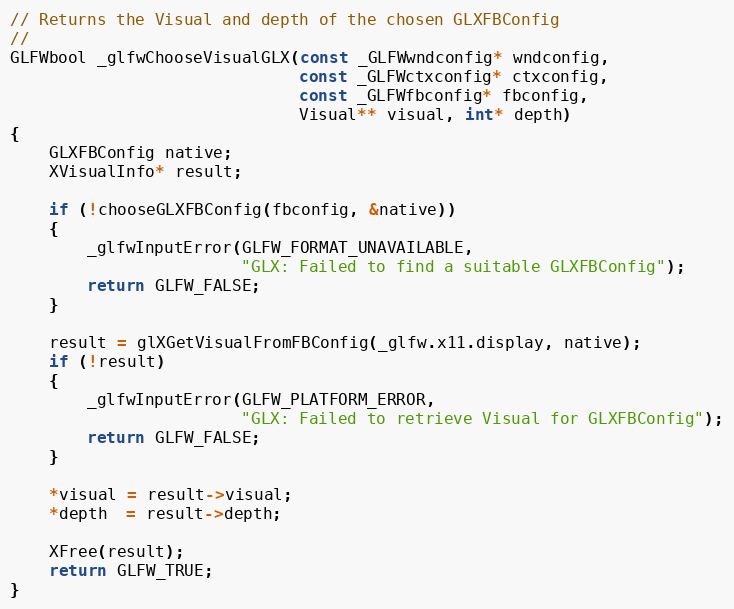
Language: C
// Returns the Visual and depth of the chosen GLXFBConfig
//
GLFWbool _glfwChooseVisualGLX(const _GLFWwndconfig* wndconfig,
                              const _GLFWctxconfig* ctxconfig,
                              const _GLFWfbconfig* fbconfig,
                              Visual** visual, int* depth)
{
    GLXFBConfig native;
    XVisualInfo* result;

    if (!chooseGLXFBConfig(fbconfig, &native))
    {
        _glfwInputError(GLFW_FORMAT_UNAVAILABLE,
                        "GLX: Failed to find a suitable GLXFBConfig");
        return GLFW_FALSE;
    }

    result = glXGetVisualFromFBConfig(_glfw.x11.display, native);
    if (!result)
    {
        _glfwInputError(GLFW_PLATFORM_ERROR,
                        "GLX: Failed to retrieve Visual for GLXFBConfig");
        return GLFW_FALSE;
    }

    *visual = result->visual;
    *depth  = result->depth;

    XFree(result);
    return GLFW_TRUE;
}